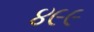
૪૯૯